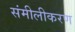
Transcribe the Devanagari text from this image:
संमीलीकरण